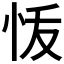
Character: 𭜞